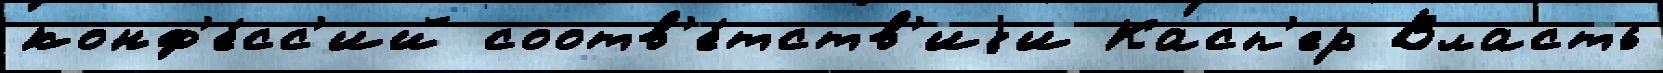
конф'е́сс'ий соотв'е́тств'иjи Касп'ер Власть